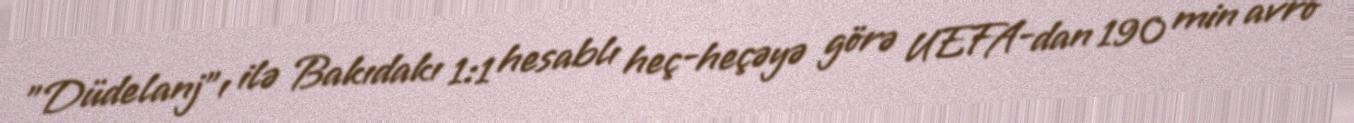
"Düdelanj"ı ilə Bakıdakı 1:1 hesablı heç-heçəyə görə UEFA-dan 190 min avro